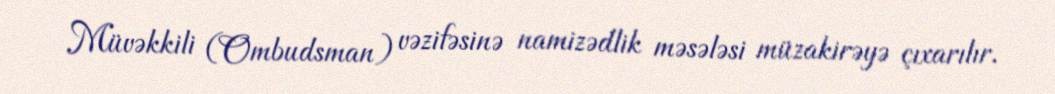
Müvəkkili (Ombudsman) vəzifəsinə namizədlik məsələsi müzakirəyə çıxarılır.